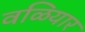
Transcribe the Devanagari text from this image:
वळियार